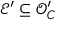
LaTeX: { \mathcal { E } } ^ { \prime } \subseteq { \mathcal { O } } _ { C } ^ { \prime }